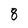
Character: 8